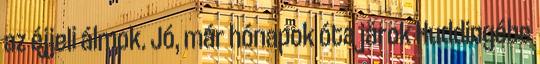
az éjjeli álmok. Jó, már hónapok óta járok Huddingébe